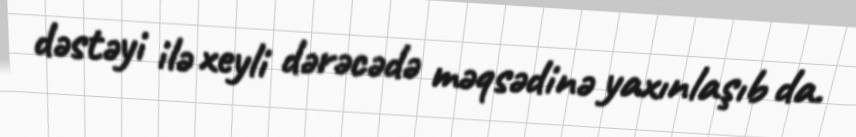
dəstəyi ilə xeyli dərəcədə məqsədinə yaxınlaşıb da.